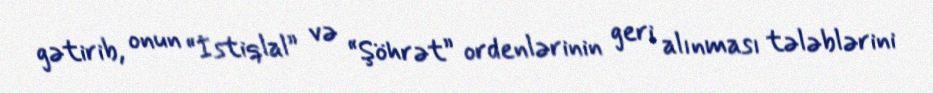
gətirib, onun “İstiqlal” və “Şöhrət” ordenlərinin geri alınması tələblərini